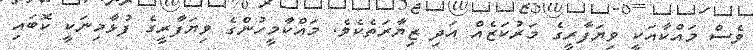
ވެސް މައްކާއަކީ ވިޔަފާރީގެ މަރުކަޒެއް އަދި ޒިޔާރަތެކެވެ. މައްކާމީހުންގެ ވިޔަފާރީގެ ފުޅާމިނަކީ ކޮބައި